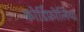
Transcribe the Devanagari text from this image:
कोर्डिफ़ोलिया